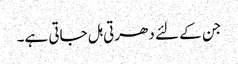
جن کے لئے دھرتی ہل جاتی ہے۔